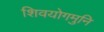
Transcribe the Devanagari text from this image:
शिवयोगमुनि